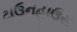
ટાઉનહાઉસ